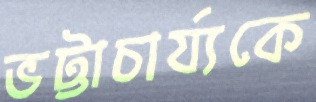
ভট্টাচার্য্যকে